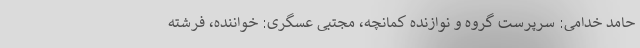
حامد خدامی: سرپرست گروه و نوازنده کمانچه، مجتبی عسگری: خواننده، فرشته